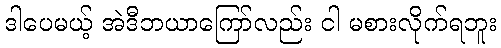
ဒါပေမယ့် အဲဒီဘယာကြော်လည်း ငါ မစားလိုက်ရဘူး